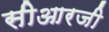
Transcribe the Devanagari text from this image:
सीआरजी